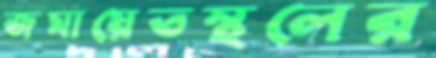
জমায়েতস্থলের